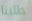
طلبنا